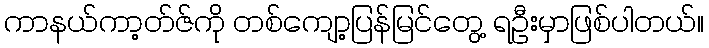
ကာနယ်ကာ့တ်ဇ်ကို တစ်ကျော့ပြန်မြင်တွေ့ ရဦးမှာဖြစ်ပါတယ်။